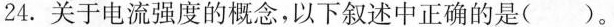
24.关于电流强度的概念，以下叙述中正确的是()。